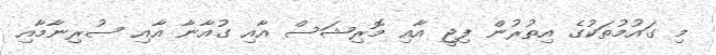
މި ގައުމުތަކުގެ އިތުރުން ފިޖީ އާއި މޮރިޝަސް އާއި ގުއާނާ އާއި ސުރިނާމާއި